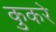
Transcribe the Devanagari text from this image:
कुकरे